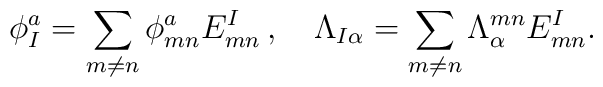
\phi_{I}^{a}=\sum_{m\ne n} \phi_{mn}^{a}E_{mn}^{I} \, , \quad \Lambda_{I\alpha}=\sum_{m\ne n} \Lambda^{mn}_{\alpha}E_{mn}^{I} .